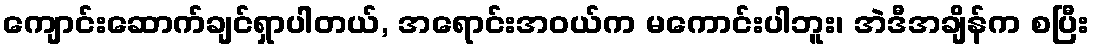
ကျောင်းဆောက်ချင်ရှာပါတယ်, အရောင်းအဝယ်က မကောင်းပါဘူး၊ အဲဒီအချိန်က စပြီး